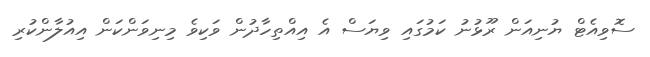
ސޮވިއެޓް ޔުނިއަން ރޫޅުނު ކަމުގައި ވިޔަސް އެ އިއްތިހާދުން ވަކިވެ މިނިވަންކަން އިއުލާންކުރި